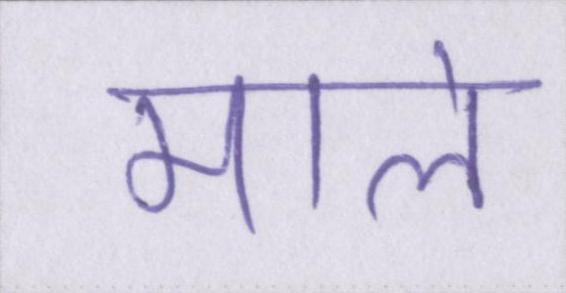
माले